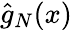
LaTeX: {\hat{g}}_{N}(x)